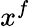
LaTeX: x^{f}